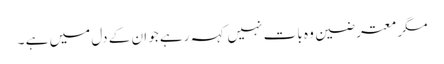
مگر معترضین وہ بات نہیں کہہ رہے جو ان کے دل میں ہے ۔